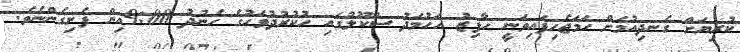
ކުރިޔަށް ގެނދިއުމަށް ހަމަޖެހިފައިވަނީ ހާފިޒު އަހުމަދު ސްކޫލުގައި ހުކުރުދުވަހުގެ ހެނުދު 9:00އިން ފެށިގެންނެވެ.